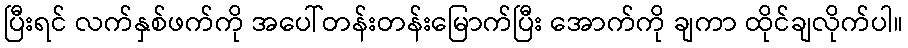
ပြီးရင် လက်နှစ်ဖက်ကို အပေါ်တန်းတန်းမြောက်ပြီး အောက်ကို ချကာ ထိုင်ချလိုက်ပါ။